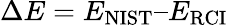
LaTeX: \Delta E=E_{\mathrm{{NIST}}}–E_{\mathrm{{RCI}}}